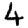
Digit: 4